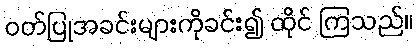
ဝတ်ပြုအခင်းများကိုခင်း၍ ထိုင် ကြသည်။